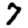
Digit: 7